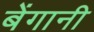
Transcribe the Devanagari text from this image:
बेंगानी